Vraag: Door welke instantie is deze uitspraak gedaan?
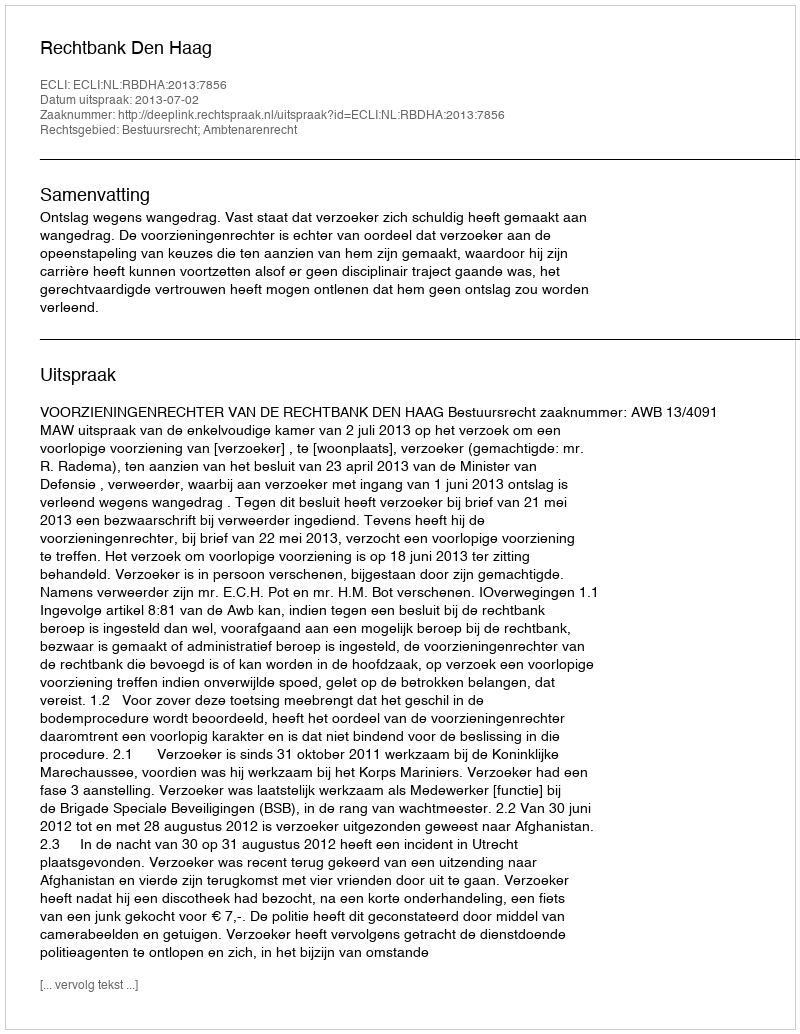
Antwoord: Rechtbank Den Haag